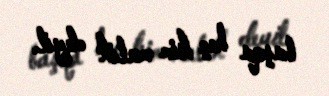
başqa heç kim malik deyil.